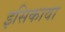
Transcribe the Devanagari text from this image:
इसिकावा